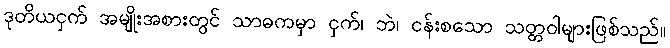
ဒုတိယငှက် အမျိုးအစားတွင် သာဓကမှာ ငှက်၊ ဘဲ၊ ငန်းစသော သတ္တဝါများဖြစ်သည်။